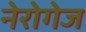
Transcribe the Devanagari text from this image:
नेरोगेज